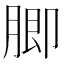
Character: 䐚